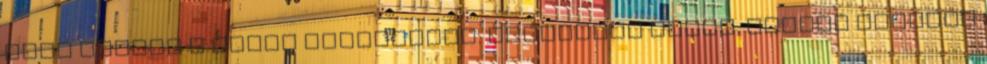
nagy örömök A humor fontossága. Inspiráló képek. Boldog nyuszit